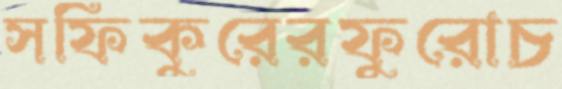
সফিকুরেরফুরোচ